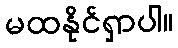
မထနိုင်ရှာပါ။